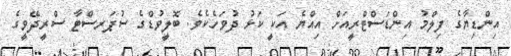
އިންޑިޔާގެ ފިލްމު އިންޑަސްޓްރީއަށް އިއްޔެ އަކީ ކަޅު ދުވަހެކެވެ. ބޮލީވުޑްގެ ސުޕަރސްޓާ ސްރީދޭވީގެ